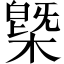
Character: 槩